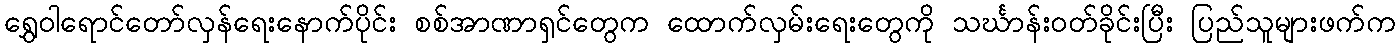
ရွှေဝါရောင်တော်လှန်ရေးနောက်ပိုင်း စစ်အာဏာရှင်တွေက ထောက်လှမ်းရေးတွေကို သင်္ဃာန်းဝတ်ခိုင်းပြီး ပြည်သူများဖက်က